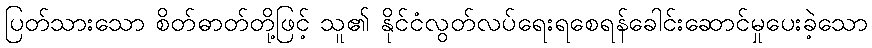
ပြတ်သားသော စိတ်ဓာတ်တို့ဖြင့် သူ၏ နိုင်ငံလွတ်လပ်ရေးရစေရန်ခေါင်းဆောင်မှုပေးခဲ့သော